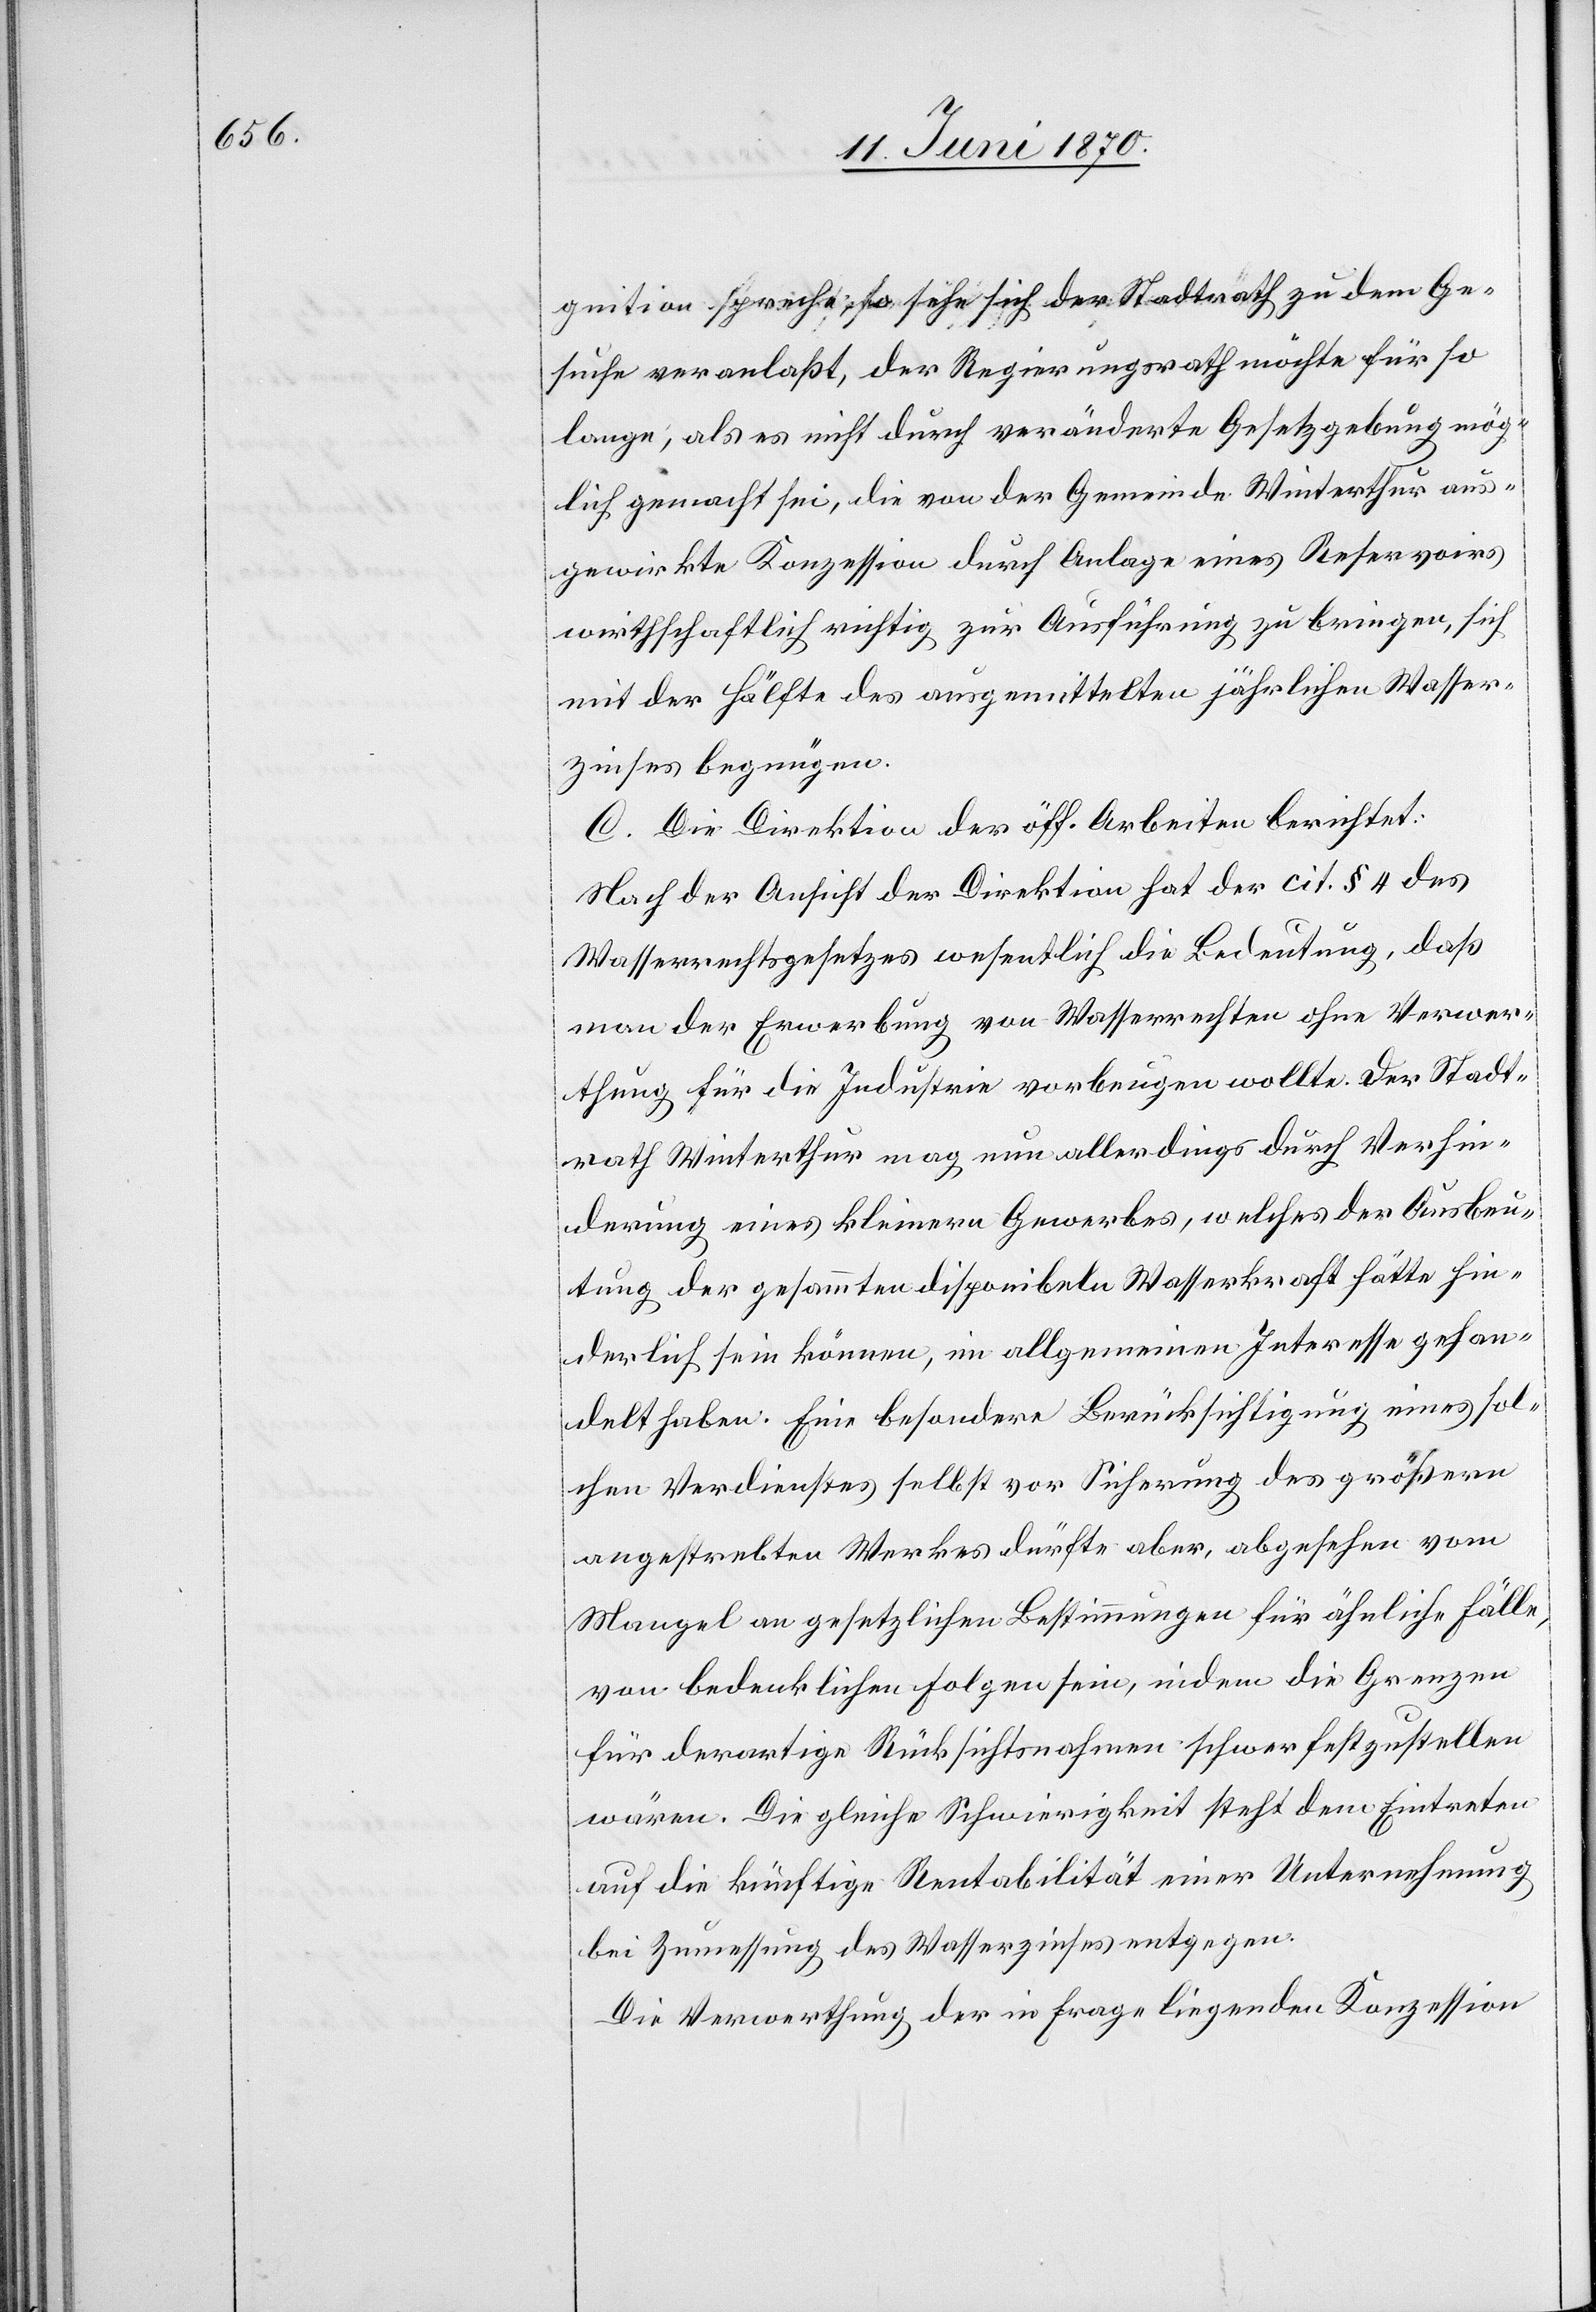
gnition spreche, so sehe sich der Stadtrath zu dem Ge¬
suche veranlaßt, der Regierungsrath möchte für so
lange, als es nicht durch veränderte Gesetzgebung mög¬
lich gemacht sei, die von der Gemeinde Winterthur aus¬
gewirkte Konzession durch Anlage eines Reservoirs
wirthschaftlich richtig zur Ausführung zu bringen, sich
mit der Hälfte des ausgemittelten jährlichen Wasser¬
zinses begnügen.
C. Die Direktion der öff. Arbeiten berichtet:
Nach der Ansicht der Direktion hat der cit. § 4 des
Wasserrechtsgesetzes wesentlich die Bedeutung, daß
man der Erwerbung von Wasserrechten ohne Verwer¬
thung für die Industrie vorbeugen wollte. Der Stadt¬
rath Winterthur mag nun allerdings durch Verhin¬
derung eines kleinern Gewerbes, welches der Ausbeu¬
tung der gesammten disponibeln Wasserkraft hätte hin¬
derlich sein können, im allgemeinen Interesse gehan¬
delt haben. Eine besondere Berücksichtigung eines sol¬
chen Verdienstes selbst vor Sicherung des größern
angestrebten Werkes dürfte aber, abgesehen vom
Mangel an gesetzlichen Bestimmungen für ähnliche Fälle,
von bedenklichen Folgen sein, indem die Grenzen
für derartige Rücksichtsnahmen schwer festzustellen
wären. Die gleiche Schwierigkeit steht dem Eintreten
auf die künftige Rentabilität einer Unternehmung
bei Zumessung des Wasserzinses entgegen.
Die Verwerthung der in Frage liegenden Konzession